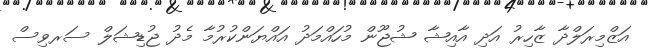
އަޒްމިރަލްދާ ޒާހިރު އަދި އާއިޝާ ޝުޖޫން މުހައްމަދު އައްޔަންކުރުމާ މެދު ޖުޑިޝަލް ސަރވިސް